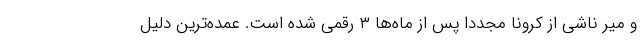
و میر ناشی از کرونا مجددا پس از ماه‌ها ۳ رقمی شده است. عمده‌ترین دلیل